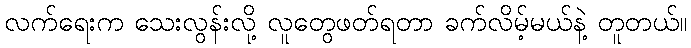
လက်ရေးက သေးလွန်းလို့ လူတွေဖတ်ရတာ ခက်လိမ့်မယ်နဲ့ တူတယ်။